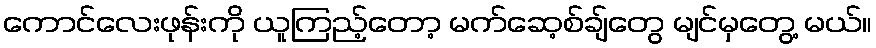
ကောင်လေးဖုန်းကို ယူကြည့်တော့ မက်ဆေ့စ်ချ်တွေ မျင်မှတွေ့ မယ်။